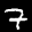
Label: 7